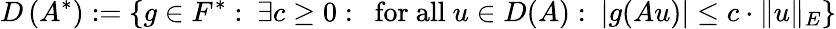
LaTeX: D\left(A^{*}\right):=\left\{ g\in F^{*}:~\exists c\geq 0:~{\mathrm{~for~all~}}u\in D(A):~|g(Au)|\leq c\cdot\| u\| _{E}\right\}